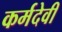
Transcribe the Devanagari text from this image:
कर्मदेवी